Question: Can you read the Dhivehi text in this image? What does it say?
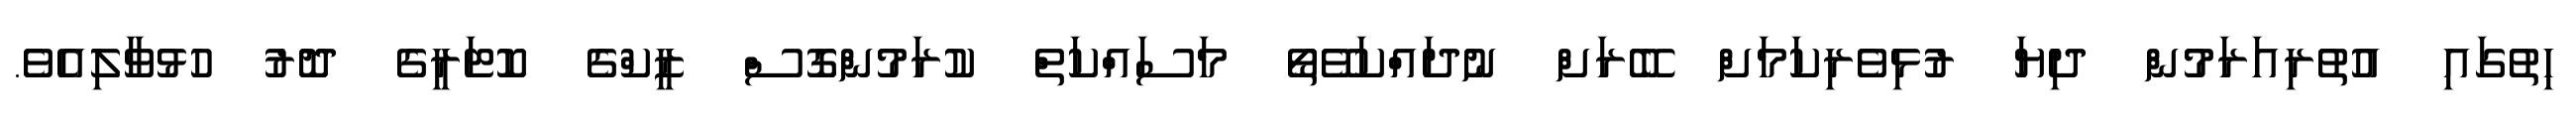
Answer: ހިތުގައި އުތުރިއަރަމުން ދިޔަ ރުޅިވެރިކަމަށް ބޭރަށް ނުދައްކަވޭތޯ މަސައްކަތް ކުރަމުންގޮސް ޒީކްގެ ކޮޓަރީގެ ދޮރު ހުޅުވާލިއެވެ.